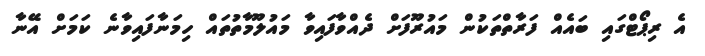
އެ ރިޕޯޓްގައި ބައެއް ފަރާތްތަކުން މައުރޫފަށް ދެއްވާފައިވާ މައުލޫމާތުތައް ހިމަނާފައިވާނެ ކަމަށް އޭނާ